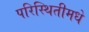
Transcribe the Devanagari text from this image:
परिस्थितीमधे